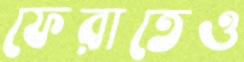
ফেরাতেও